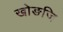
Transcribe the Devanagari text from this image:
खोङजि